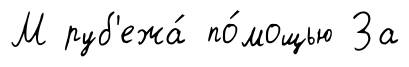
М руб'ежа́ по́мощью За